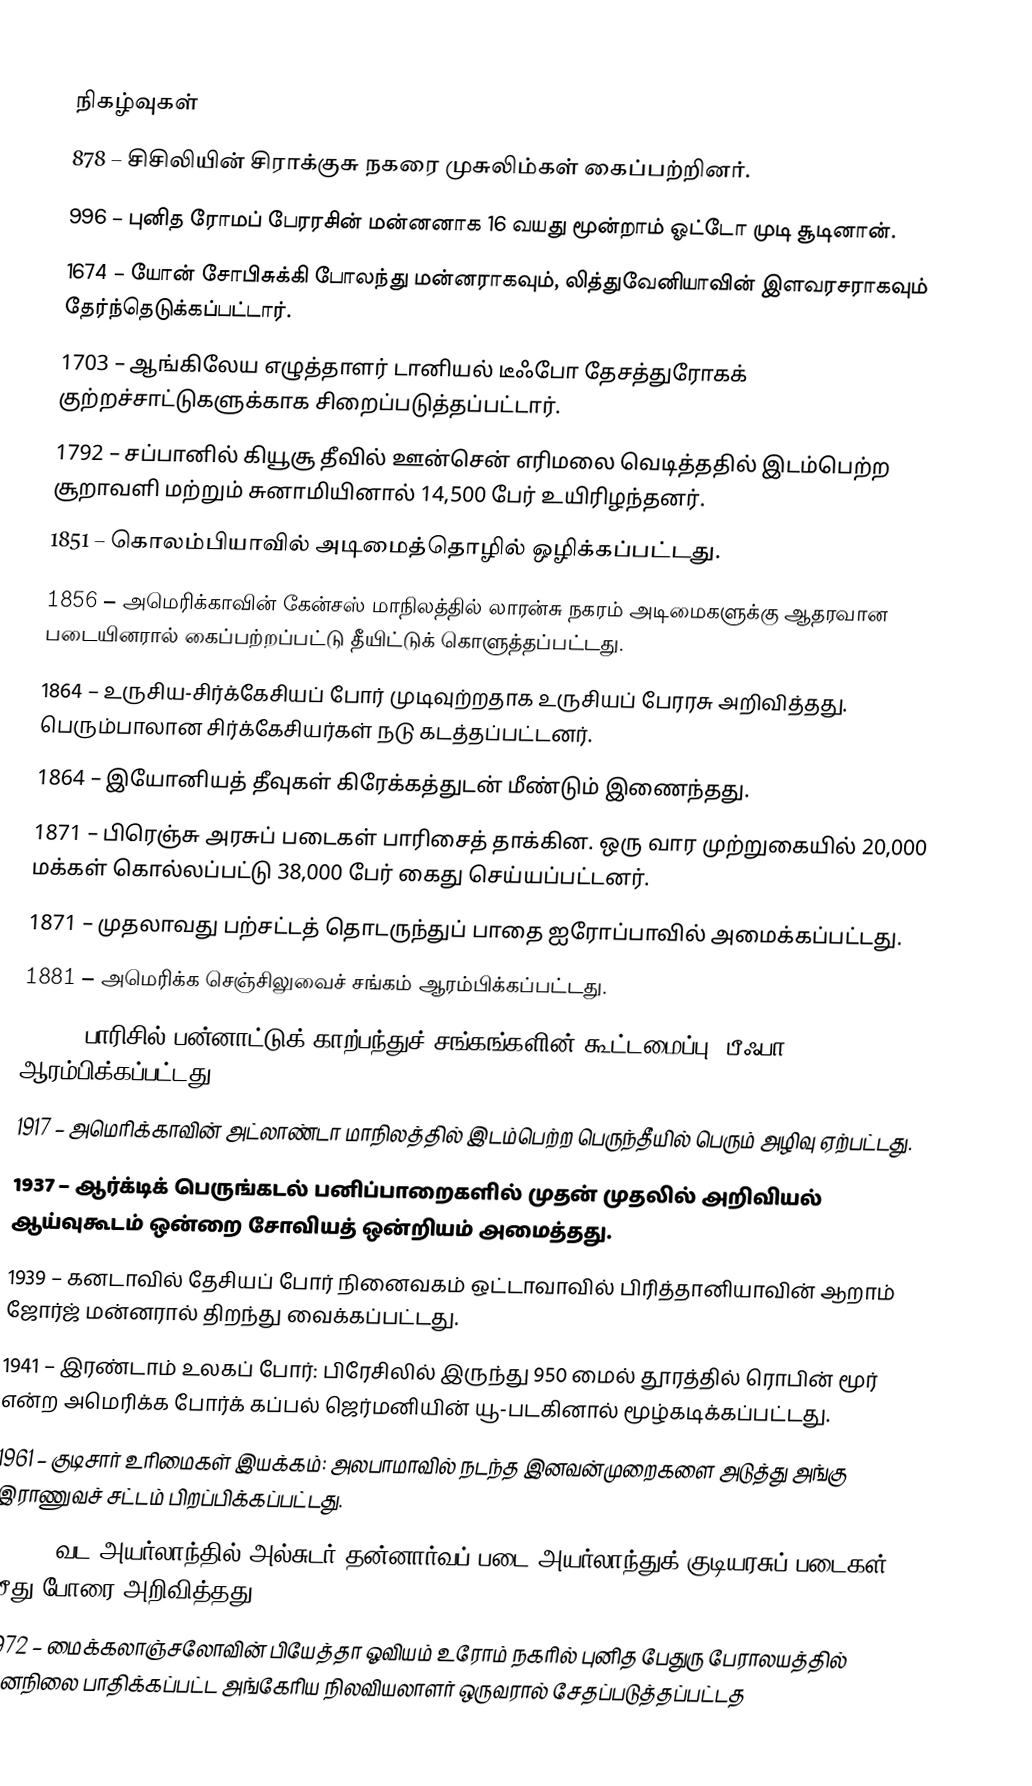

நிகழ்வுகள்
 878 – சிசிலியின் சிராக்குசு நகரை முசுலிம்கள் கைப்பற்றினர்.
 996 – புனித ரோமப் பேரரசின் மன்னனாக 16 வயது மூன்றாம் ஓட்டோ முடி சூடினான்.
1674 – யோன் சோபிசுக்கி போலந்து மன்னராகவும், லித்துவேனியாவின் இளவரசராகவும் தேர்ந்தெடுக்கப்பட்டார்.
1703 – ஆங்கிலேய எழுத்தாளர் டானியல் டீஃபோ தேசத்துரோகக் குற்றச்சாட்டுகளுக்காக சிறைப்படுத்தப்பட்டார்.
1792 – சப்பானில் கியூசூ தீவில் ஊன்சென் எரிமலை வெடித்ததில் இடம்பெற்ற சூறாவளி மற்றும் சுனாமியினால் 14,500 பேர் உயிரிழந்தனர்.
1851 – கொலம்பியாவில் அடிமைத்தொழில் ஒழிக்கப்பட்டது.
1856 – அமெரிக்காவின் கேன்சஸ் மாநிலத்தில் லாரன்சு நகரம் அடிமைகளுக்கு ஆதரவான படையினரால் கைப்பற்றப்பட்டு தீயிட்டுக் கொளுத்தப்பட்டது.
1864 – உருசிய-சிர்க்கேசியப் போர் முடிவுற்றதாக உருசியப் பேரரசு அறிவித்தது. பெரும்பாலான சிர்க்கேசியர்கள் நடு கடத்தப்பட்டனர்.
1864 – இயோனியத் தீவுகள் கிரேக்கத்துடன் மீண்டும் இணைந்தது.
1871 – பிரெஞ்சு அரசுப் படைகள் பாரிசைத் தாக்கின. ஒரு வார முற்றுகையில் 20,000 மக்கள் கொல்லப்பட்டு 38,000 பேர் கைது செய்யப்பட்டனர்.
1871 – முதலாவது பற்சட்டத் தொடருந்துப் பாதை ஐரோப்பாவில் அமைக்கப்பட்டது.
1881 – அமெரிக்க செஞ்சிலுவைச் சங்கம் ஆரம்பிக்கப்பட்டது.
1904 – பாரிசில் பன்னாட்டுக் காற்பந்துச் சங்கங்களின் கூட்டமைப்பு (பீஃபா) ஆரம்பிக்கப்பட்டது.
1917 – அமெரிக்காவின் அட்லாண்டா மாநிலத்தில் இடம்பெற்ற பெருந்தீயில் பெரும் அழிவு ஏற்பட்டது.
1937 – ஆர்க்டிக் பெருங்கடல் பனிப்பாறைகளில் முதன் முதலில் அறிவியல் ஆய்வுகூடம் ஒன்றை சோவியத் ஒன்றியம் அமைத்தது.
1939 – கனடாவில் தேசியப் போர் நினைவகம் ஒட்டாவாவில் பிரித்தானியாவின் ஆறாம் ஜோர்ஜ் மன்னரால் திறந்து வைக்கப்பட்டது.
1941 – இரண்டாம் உலகப் போர்: பிரேசிலில் இருந்து 950 மைல் தூரத்தில் ரொபின் மூர் என்ற அமெரிக்க போர்க் கப்பல் ஜெர்மனியின் யூ-படகினால் மூழ்கடிக்கப்பட்டது.
1961 – குடிசார் உரிமைகள் இயக்கம்: அலபாமாவில் நடந்த இனவன்முறைகளை அடுத்து அங்கு இராணுவச் சட்டம் பிறப்பிக்கப்பட்டது.
1966 – வட அயர்லாந்தில் அல்சுடர் தன்னார்வப் படை அயர்லாந்துக் குடியரசுப் படைகள் மீது போரை அறிவித்தது.
1972 – மைக்கலாஞ்சலோவின் பியேத்தா ஓவியம் உரோம் நகரில் புனித பேதுரு பேராலயத்தில் மனநிலை பாதிக்கப்பட்ட அங்கேரிய நிலவியலாளர் ஒருவரால் சேதப்படுத்தப்பட்டத